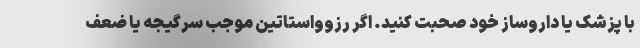
با پزشک یا داروساز خود صحبت کنید. اگر رزوواستاتین موجب سرگیجه یا ضعف